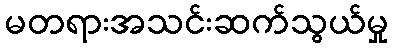
မတရားအသင်းဆက်သွယ်မှု